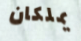
يملكان